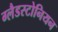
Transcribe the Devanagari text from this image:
ग्लैडस्टोनियन